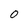
Character: 0